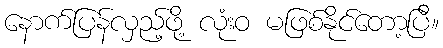
နောက်ပြန်လှည့်ဖို့ လုံးဝ မဖြစ်နိုင်တော့ပြီ။